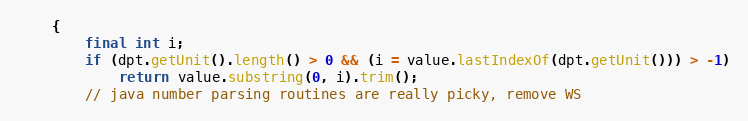
Language: Java
	{
		final int i;
		if (dpt.getUnit().length() > 0 && (i = value.lastIndexOf(dpt.getUnit())) > -1)
			return value.substring(0, i).trim();
		// java number parsing routines are really picky, remove WS